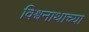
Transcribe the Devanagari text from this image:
विश्र्वनाथाच्या